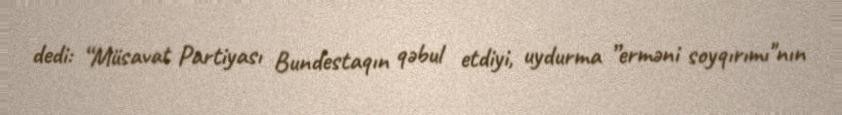
dedi: “Müsavat Partiyası Bundestaqın qəbul etdiyi, uydurma ”erməni soyqırımı"nın